Report of an investigation into the causes of the diseases known in Assam as Kála-Azár and Beri-Beri
Disease focus: Beri-Beri
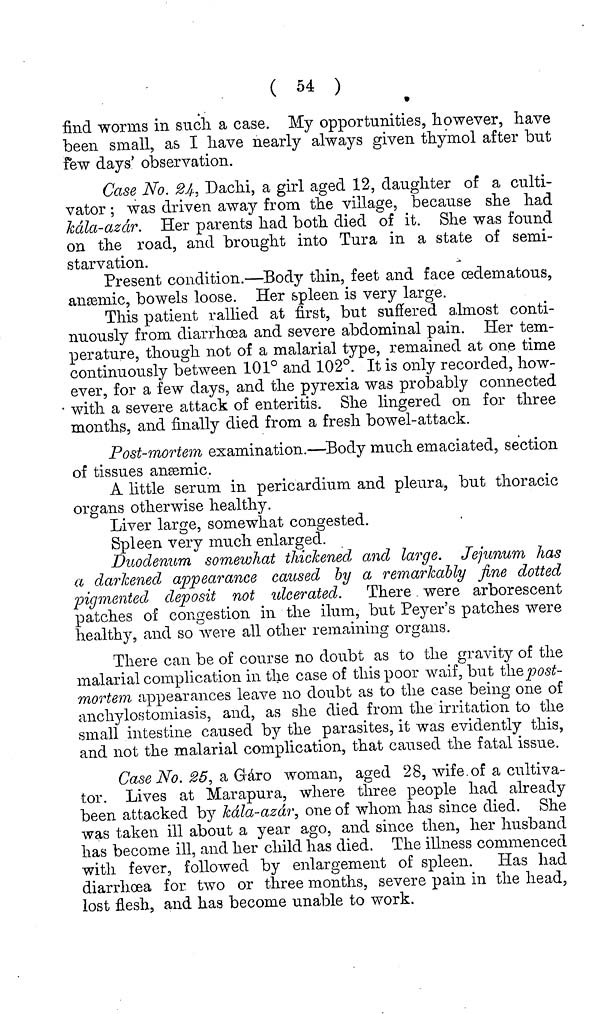
( 54 )
find worms in such a case. My opportunities, however, have
been small, as I have nearly always given thymol after but
few days' observation.
Case No. 24, Dachi, a girl aged 12, daughter of a culti-
vator; was driven away from the village, because she had
kála-azár. Her parents had both died of it. She was found
on the road, and brought into Tura in a state of semi-
starvation.
Present condition.—Body thin, feet and face œdematous,
anæmic, bowels loose. Her spleen is very large.
This patient rallied at first, but suffered almost conti-
nuously from diarrhoea and severe abdominal pain. Her tem-
perature, though not of a malarial type, remained at one time
continuously between 101° and 102°. It is only recorded, how-
ever, for a few days, and the pyrexia was probably connected
with a severe attack of enteritis. She lingered on for three
months, and finally died from a fresh bowel-attack.
Post-mortem examination.—Body much emaciated, section
of tissues anæmic.
A little serum in pericardium and pleura, but thoracic
organs otherwise healthy.
Liver large, somewhat congested.
Spleen very much enlarged.
Duodenum somewhat thickened and large. Jejunum has
a darkened appearance caused by a remarkably fine dotted
pigmented deposit not ulcerated. There were arborescent
patches of congestion in the ilum, but Peyer's patches were
healthy, and so were all other remaining organs.
There can be of course no doubt as to the gravity of the
malarial complication in the case of this poor waif, but the post-
mortem appearances leave no doubt as to the case being one of
anchylostomiasis, and, as she died from the irritation to the
small intestine caused by the parasites, it was evidently this,
and not the malarial complication, that caused the fatal issue.
Case No. 25, a Gáro woman, aged 28, wife of a cultiva-
tor. Lives at Marapura, where three people had already
been attacked by kala-azar, one of whom has since died. She
was taken ill about a year ago, and since then, her husband
has become ill, and her child has died. The illness commenced
with fever, followed by enlargement of spleen. Has had
diarrhoea for two or three months, severe pain in the head,
lost flesh, and has become unable to work.